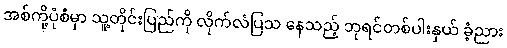
အစ်ကို့ပုံစံမှာ သူ့တိုင်းပြည်ကို လိုက်လံပြသ နေသည့် ဘုရင်တစ်ပါးနှယ် ခံ့ညား